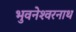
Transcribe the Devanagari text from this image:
भुवनेश्‍वरनाथ